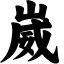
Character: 崴